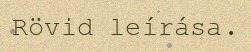
Rövid leírása.